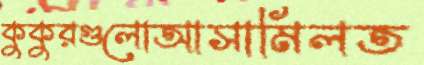
কুকুরগুলোআসামিলত